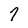
Character: 7